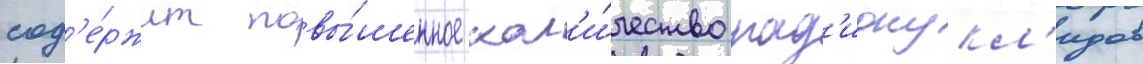
сод'е́ржит повы́шенное кол'и́чество рад'ионукл'идов